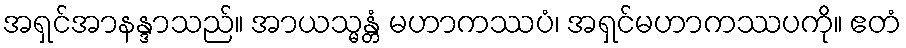
အရှင်အာနန္ဒာသည်။ အာယသ္မန္တံ မဟာကဿပံ၊ အရှင်မဟာကဿပကို။ ဧတံ